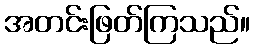
အတင်းဖြတ်ကြသည်။